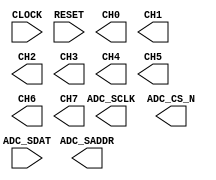

module ADC1 (
	CLOCK,
	RESET,
	CH0,
	CH1,
	CH2,
	CH3,
	CH4,
	CH5,
	CH6,
	CH7,
	ADC_SCLK,
	ADC_CS_N,
	ADC_SDAT,
	ADC_SADDR);	

	input		CLOCK;
	input		RESET;
	output	[11:0]	CH0;
	output	[11:0]	CH1;
	output	[11:0]	CH2;
	output	[11:0]	CH3;
	output	[11:0]	CH4;
	output	[11:0]	CH5;
	output	[11:0]	CH6;
	output	[11:0]	CH7;
	output		ADC_SCLK;
	output		ADC_CS_N;
	input		ADC_SDAT;
	output		ADC_SADDR;
endmodule